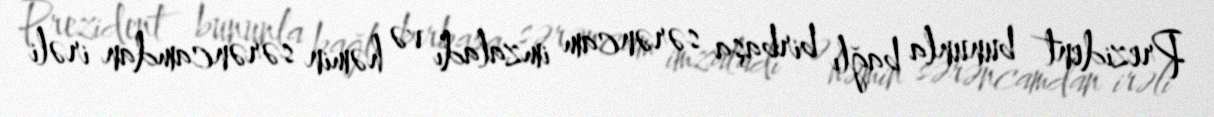
Prezident bununla bağlı birbaşa sərəncam imzaladı və həmin sərəncamdan irəli